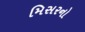
મિસરનો